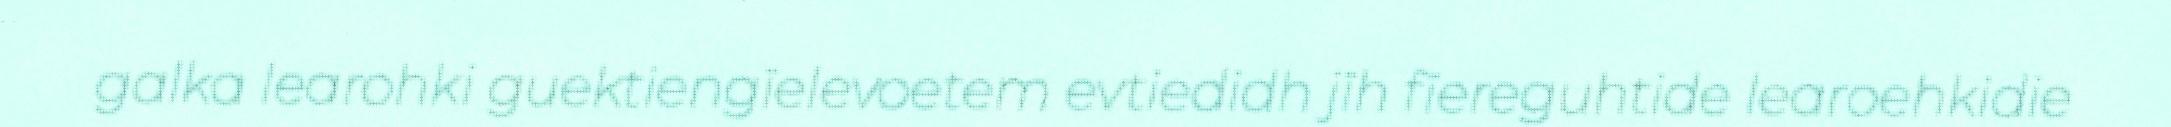
galka learohki guektiengïelevoetem evtiedidh jïh fïereguhtide learoehkidie